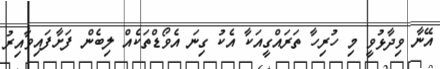
އޭނާ ވިދާޅުވީ މި ހުރިހާ ތަރައްގީއަކާ އެކު ގިނަ އެވޯޑްތަކެއް ލިބެން ފަށާފައިވާއިރު